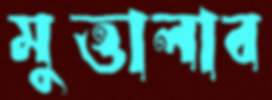
মুত্তালাব